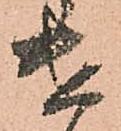
遣